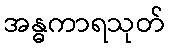
အန္ဓကာရသုတ်